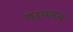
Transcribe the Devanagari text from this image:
चर्ममय